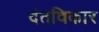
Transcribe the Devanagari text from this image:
दंतविकार